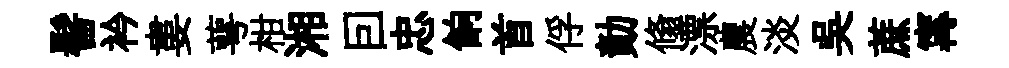
髻衿婁萼柑湘囙忠餉首俘勣翛漂農淡吴蔗𡩋